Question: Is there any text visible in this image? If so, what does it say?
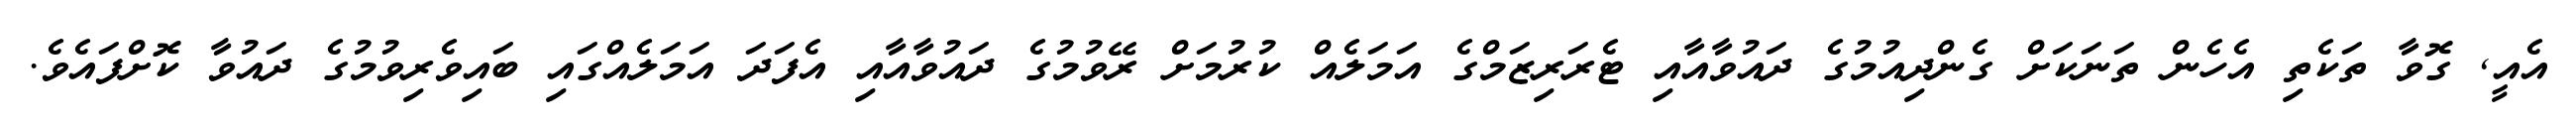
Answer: އެއީ, ގޮވާ ތަކެތި އެހެން ތަނަކަށް ގެންދިއުމުގެ ދައުވާއާއި ޓެރަރިޒަމްގެ އަމަލެއް ކުރުމަށް ރޭވުމުގެ ދައުވާއާއި އެފަދަ އަމަލެއްގައި ބައިވެރިވުމުގެ ދައުވާ ކޮށްފައެވެ.